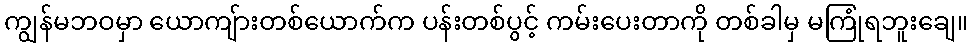
ကျွန်မဘဝမှာ ယောကျ်ားတစ်ယောက်က ပန်းတစ်ပွင့် ကမ်းပေးတာကို တစ်ခါမှ မကြုံရဘူးချေ။